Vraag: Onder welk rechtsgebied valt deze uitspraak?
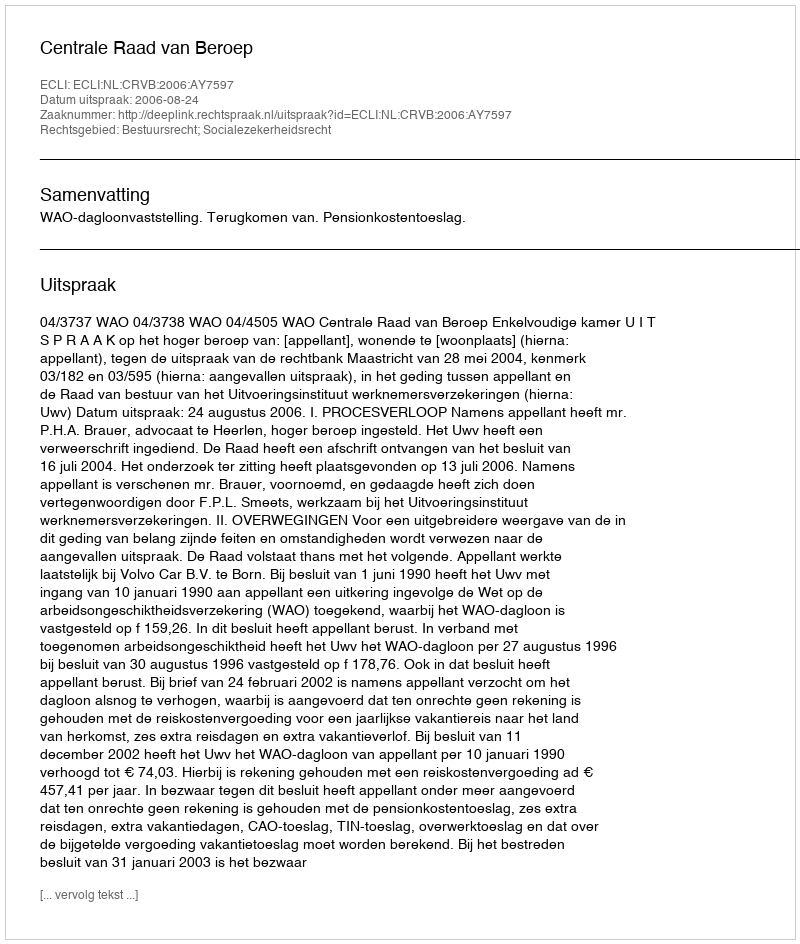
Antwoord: Bestuursrecht; Socialezekerheidsrecht